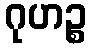
ဂုဟဉ္စ